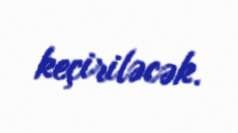
keçiriləcək.